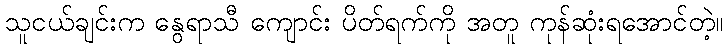
သူငယ်ချင်းက နွေရာသီ ကျောင်း ပိတ်ရက်ကို အတူ ကုန်ဆုံးရအောင်တဲ့။